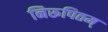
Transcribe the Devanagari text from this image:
निरूपितम्